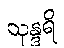
သုန္ဒရိ